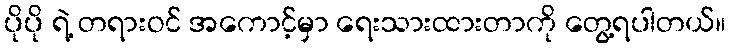
ပိုပို ရဲ့ တရားဝင် အကောင့်မှာ ရေးသားထားတာကို တွေ့ရပါတယ်။